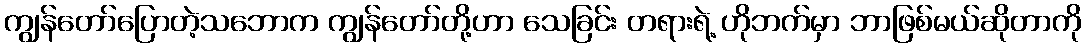
ကျွန်တော်ပြောတဲ့သဘောက ကျွန်တော်တို့ဟာ သေခြင်း တရားရဲ့ ဟိုဘက်မှာ ဘာဖြစ်မယ်ဆိုတာကို